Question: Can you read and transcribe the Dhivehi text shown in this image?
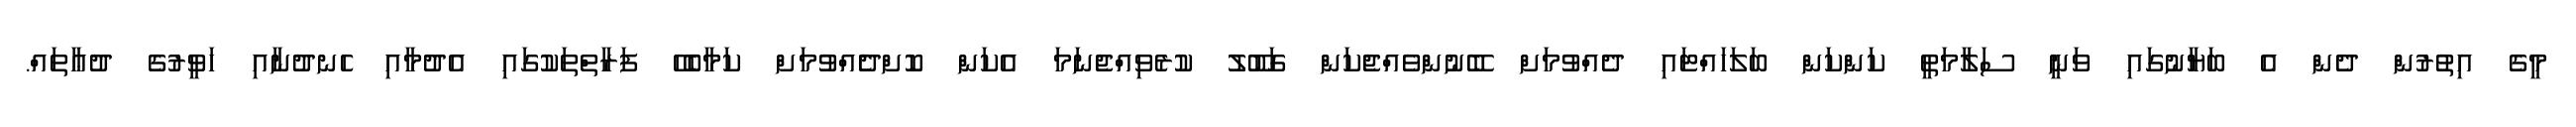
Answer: މީގެ އިތުރުން ދެން އެ ބަޔާނުގައި ވަނީ ސަލާމަތީ ކަންކަން ބަލަހައްޓައި ދެއްވުމަށް ބޭނުންވެއްޖެކަން ގަބޫލު ކުރެވިއްޖެނަމަ އެކަން ކޮށްދެެއްވުމަށް ކަމާބެހޭ ފަރާތްތަކުގައި އެދުމާއި ހެނދުނާއި ހަވީރުގެ ދުޢާތައް.